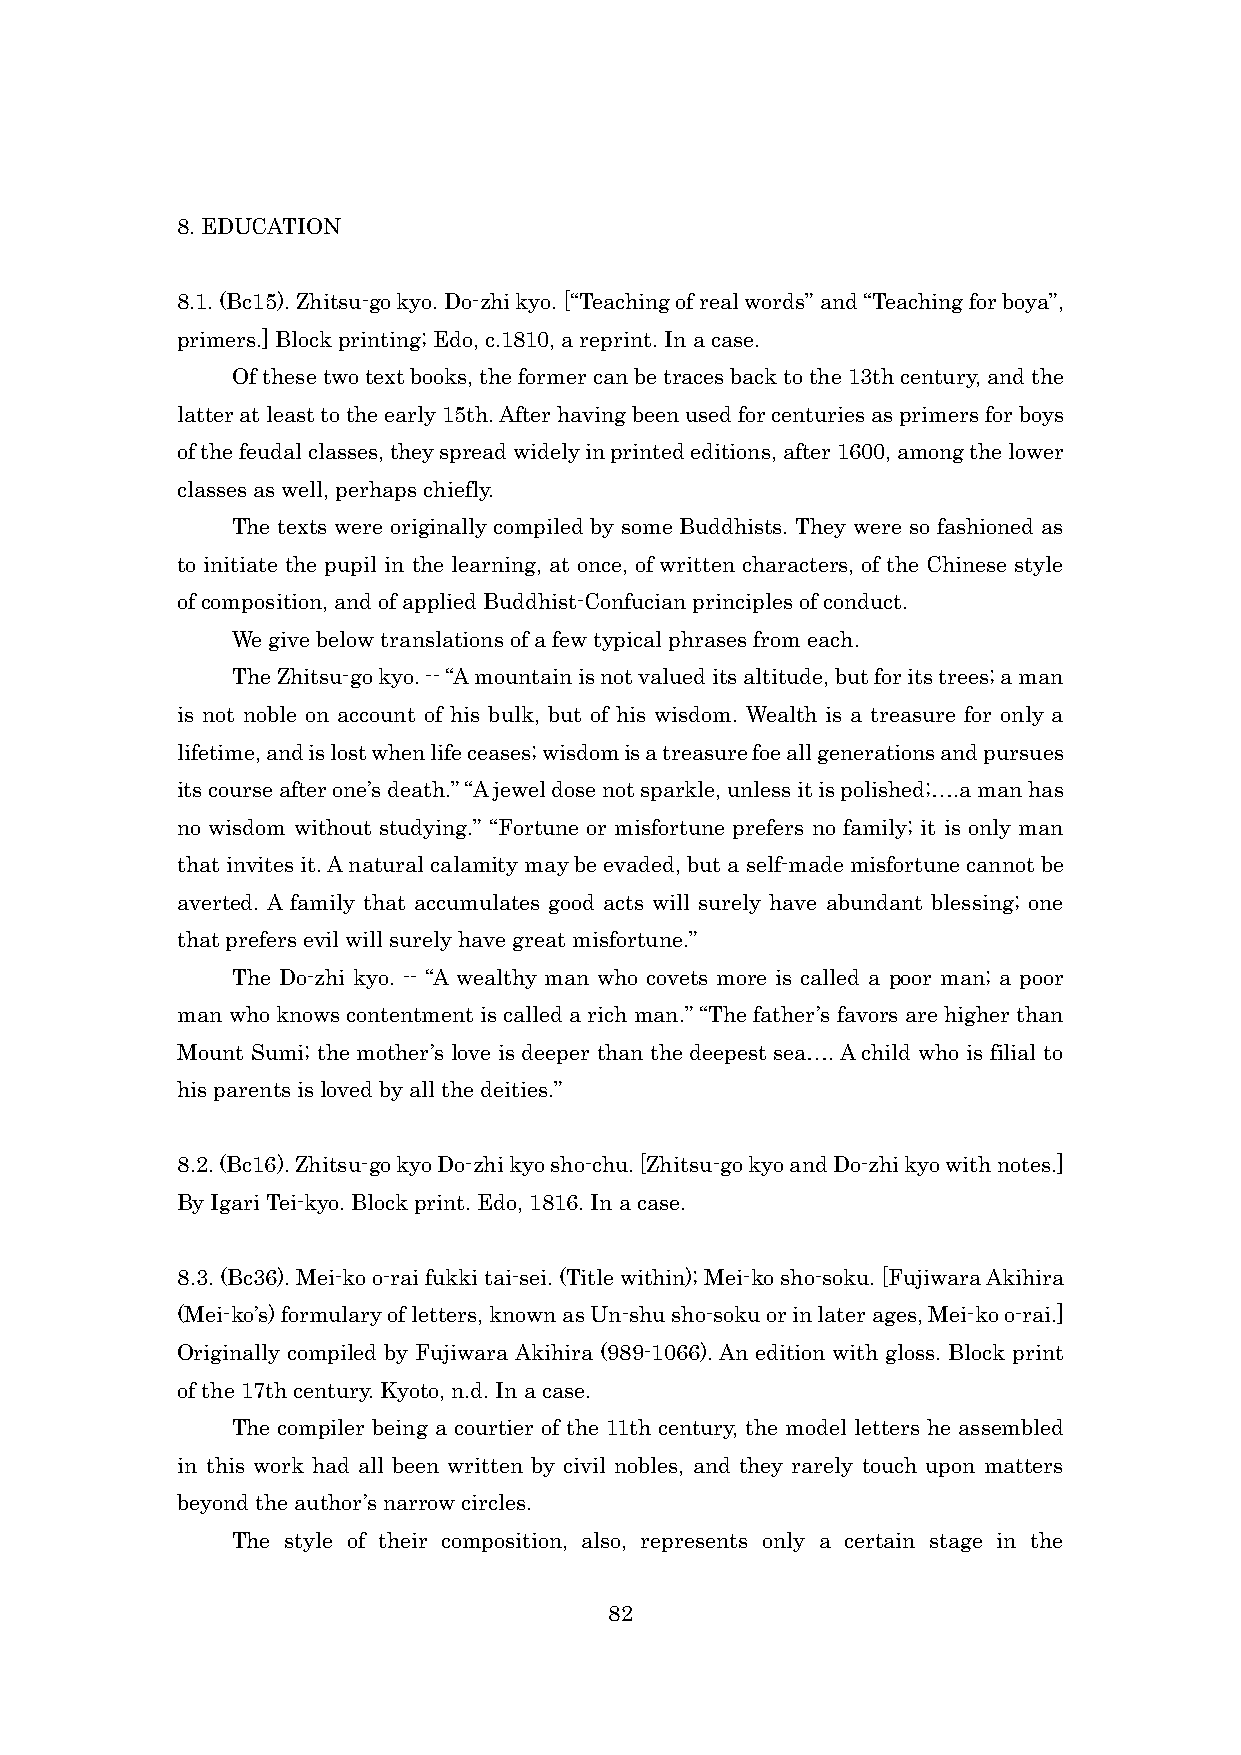
8. EDUCATION
 8.1. (Bc15). Zhitsu-go kyo. Do-zhi kyo. [“Teaching of real words” and “Teaching for boya”,
 primers.] Block printing; Edo, c.1810, a reprint. In a case.
 Of these two text books, the former can be traces back to the 13th century, and the
 latter at least to the early 15th. After having been used for centuries as primers for boys
 of the feudal classes, they spread widely in printed editions, after 1600, among the lower
 classes as well, perhaps chiefly.
 The texts were originally compiled by some Buddhists. They were so fashioned as
 to initiate the pupil in the learning, at once, of written characters, of the Chinese style
 of composition, and of applied Buddhist-Confucian principles of conduct.
 We give below translations of a few typical phrases from each.
 The Zhitsu-go kyo. -- “A mountain is not valued its altitude, but for its trees; a man
 is not noble on account of his bulk, but of his wisdom. Wealth is a treasure for only a
 lifetime, and is lost when life ceases; wisdom is a treasure foe all generations and pursues
 its course after one’s death.” “A jewel dose not sparkle, unless it is polished;….a man has
 no wisdom without studying.” “Fortune or misfortune prefers no family; it is only man
 that invites it. A natural calamity may be evaded, but a self-made misfortune cannot be
 averted. A family that accumulates good acts will surely have abundant blessing; one
 that prefers evil will surely have great misfortune.”
 The Do-zhi kyo. -- “A wealthy man who covets more is called a poor man; a poor
 man who knows contentment is called a rich man.” “The father’s favors are higher than
 Mount Sumi; the mother’s love is deeper than the deepest sea…. A child who is filial to
 his parents is loved by all the deities.”
 8.2. (Bc16). Zhitsu-go kyo Do-zhi kyo sho-chu. [Zhitsu-go kyo and Do-zhi kyo with notes.]
 By Igari Tei-kyo. Block print. Edo, 1816. In a case.
 8.3. (Bc36). Mei-ko o-rai fukki tai-sei. (Title within); Mei-ko sho-soku. [Fujiwara Akihira
 (Mei-ko’s) formulary of letters, known as Un-shu sho-soku or in later ages, Mei-ko o-rai.]
 Originally compiled by Fujiwara Akihira (989-1066). An edition with gloss. Block print
 of the 17th century. Kyoto, n.d. In a case.
 The compiler being a courtier of the 11th century, the model letters he assembled
 in this work had all been written by civil nobles, and they rarely touch upon matters
 beyond the author’s narrow circles.
 The style of their composition, also, represents only a certain stage in the
 82